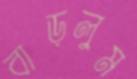
বাড়লুম